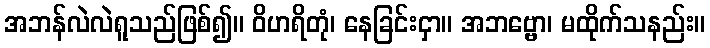
အဘန်လဲလဲရူသည်ဖြစ်၍။ ဝိဟရိတုံ၊ နေခြင်းငှာ။ အဘဗ္ဗော၊ မထိုက်သနည်း။